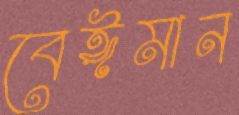
বেঈমান